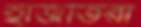
হাজতিরা